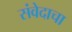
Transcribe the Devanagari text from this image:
संवेदाचा